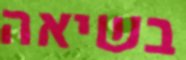
בשיאה